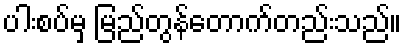
ပါးစပ်မှ မြည်တွန်တောက်တည်းသည်။